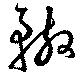
轍